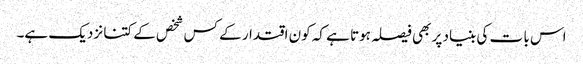
اس با ت کی بنیاد پر بھی فیصلہ ہوتا ہے کہ کون اقتدار کے کس شخص کے کتنا نزدیک ہے۔